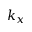
k _ { x }